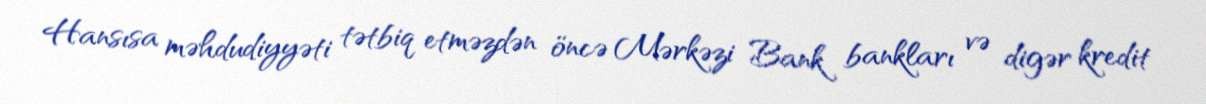
Hansısa məhdudiyyəti tətbiq etməzdən öncə Mərkəzi Bank bankları və digər kredit